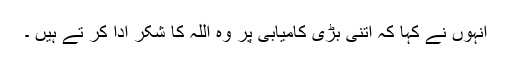
انہوں نے کہا کہ اتنی بڑی کامیابی پر وہ اللہ کا شکر ادا کر تے ہیں ۔